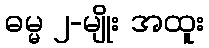
ဓမ္မ ၂-မျိုး အထူး